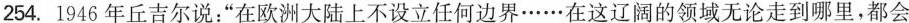
254.1946年丘吉尔说：”在欧洲大陆上不设立任何边界······在这辽阔的领域无论走到哪里，都会